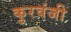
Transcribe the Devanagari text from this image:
कुरवंजी